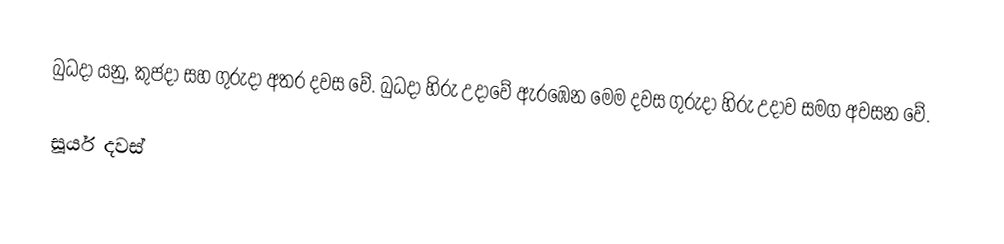
බුධදා යනු, කුජදා සහ ගුරුදා අතර දවස වේ. බුධදා හිරු උදාවේ ඇරඹෙන මෙම දවස ගුරුදා හිරු උදාව සමග අවසන වේ.

සූර්ය දවස්